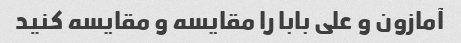
آمازون و علی بابا را مقایسه و مقایسه کنید